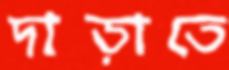
দাড়াতে